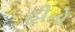
હીતો